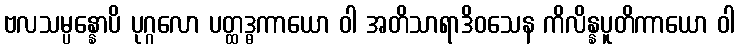
ဗလသမ္ပန္နောပိ ပုဂ္ဂလော ပတ္ထဒ္ဓကာယော ဝါ အတိသာရာဒိဝသေန ကိလိန္နပူတိကာယော ဝါ